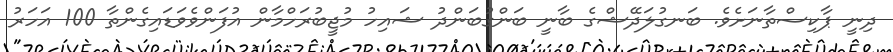
ދިނީ ޕާކިސްތާނަށެވެ. ބަނގުލަދޭޝްގެ ބާނީ ބަންގުބަންދު ޝައިހު މުޖީބުރަހްމާން އުފަންވެވަޑައިގެންތާ 100 އަހަރު